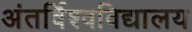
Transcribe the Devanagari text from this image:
अंतर्विश्वविद्यालय